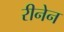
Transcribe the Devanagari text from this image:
रीनेन